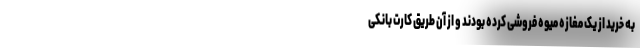
به خرید از یک مغازه میوه فروشی کرده بودند و از آن طریق کارت بانکی